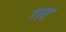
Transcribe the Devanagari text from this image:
११ए